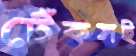
টেঁকসই